Bréfritari: Gunnlaugur Jónsson ath.
Viðtakandi: Halldór Jónsson
Dagsetning: A-1874-12-01
Skrifað á: Eiríksstöðum  N-Múl.
Óvíst

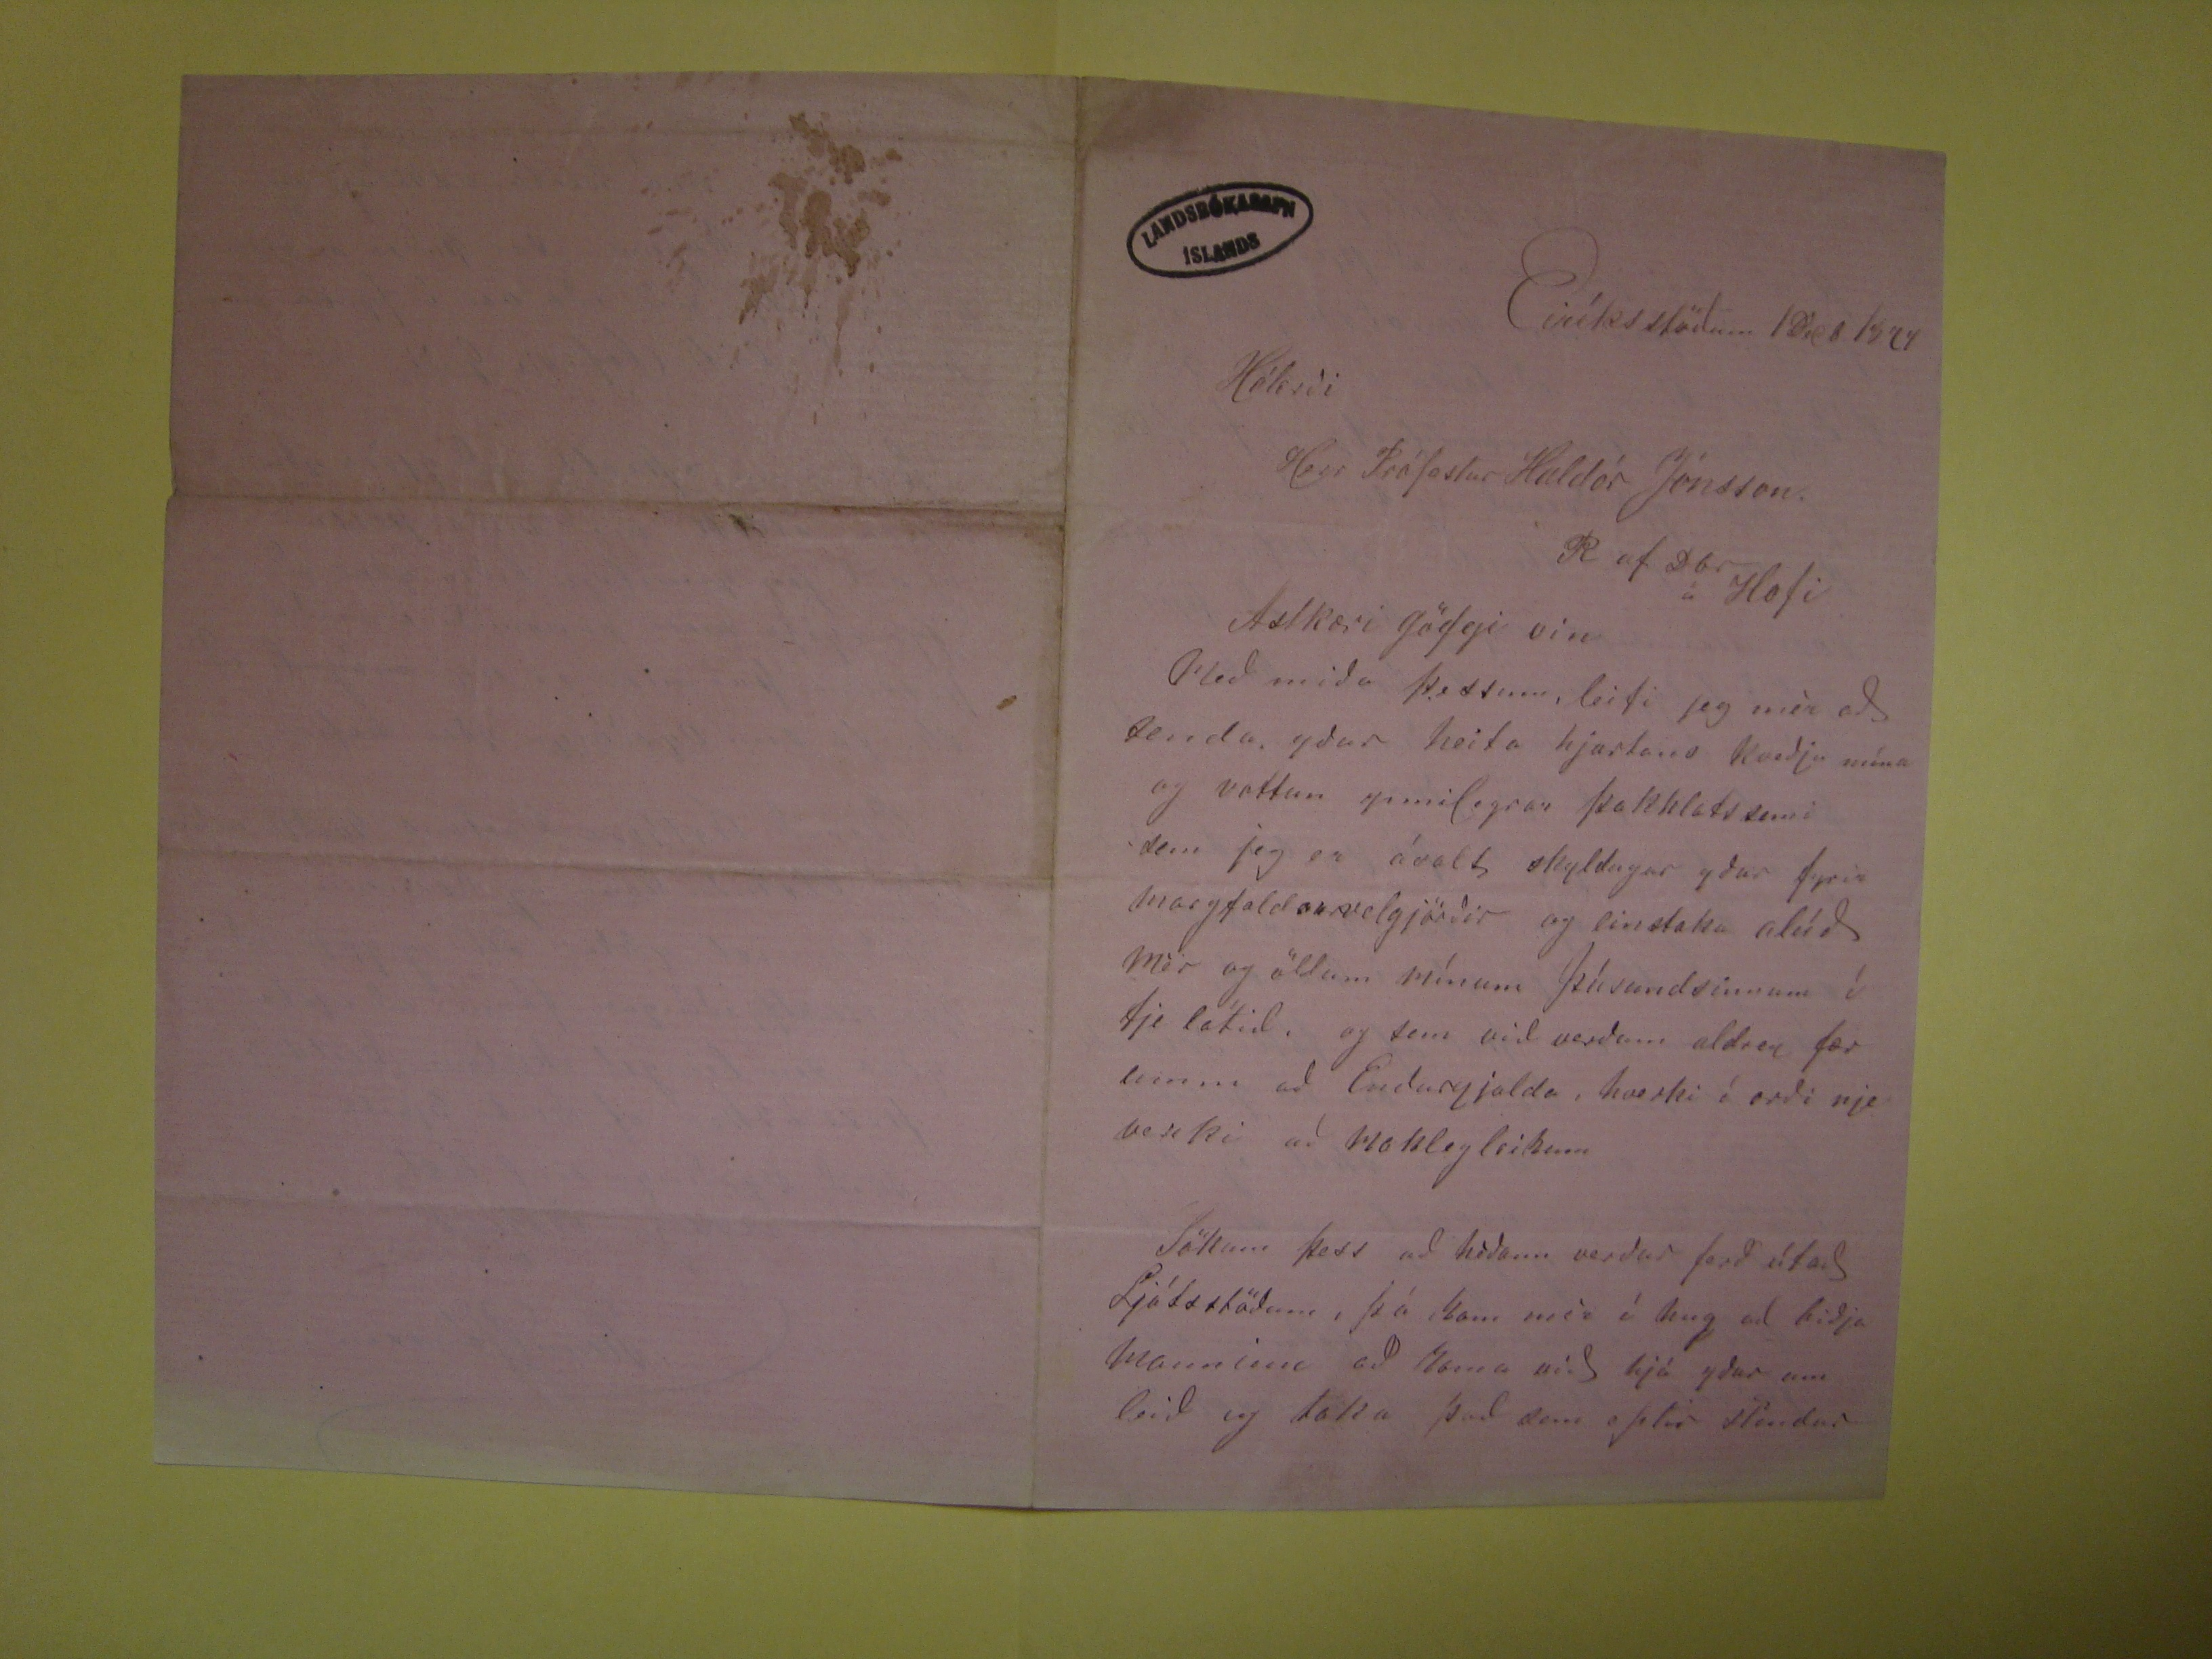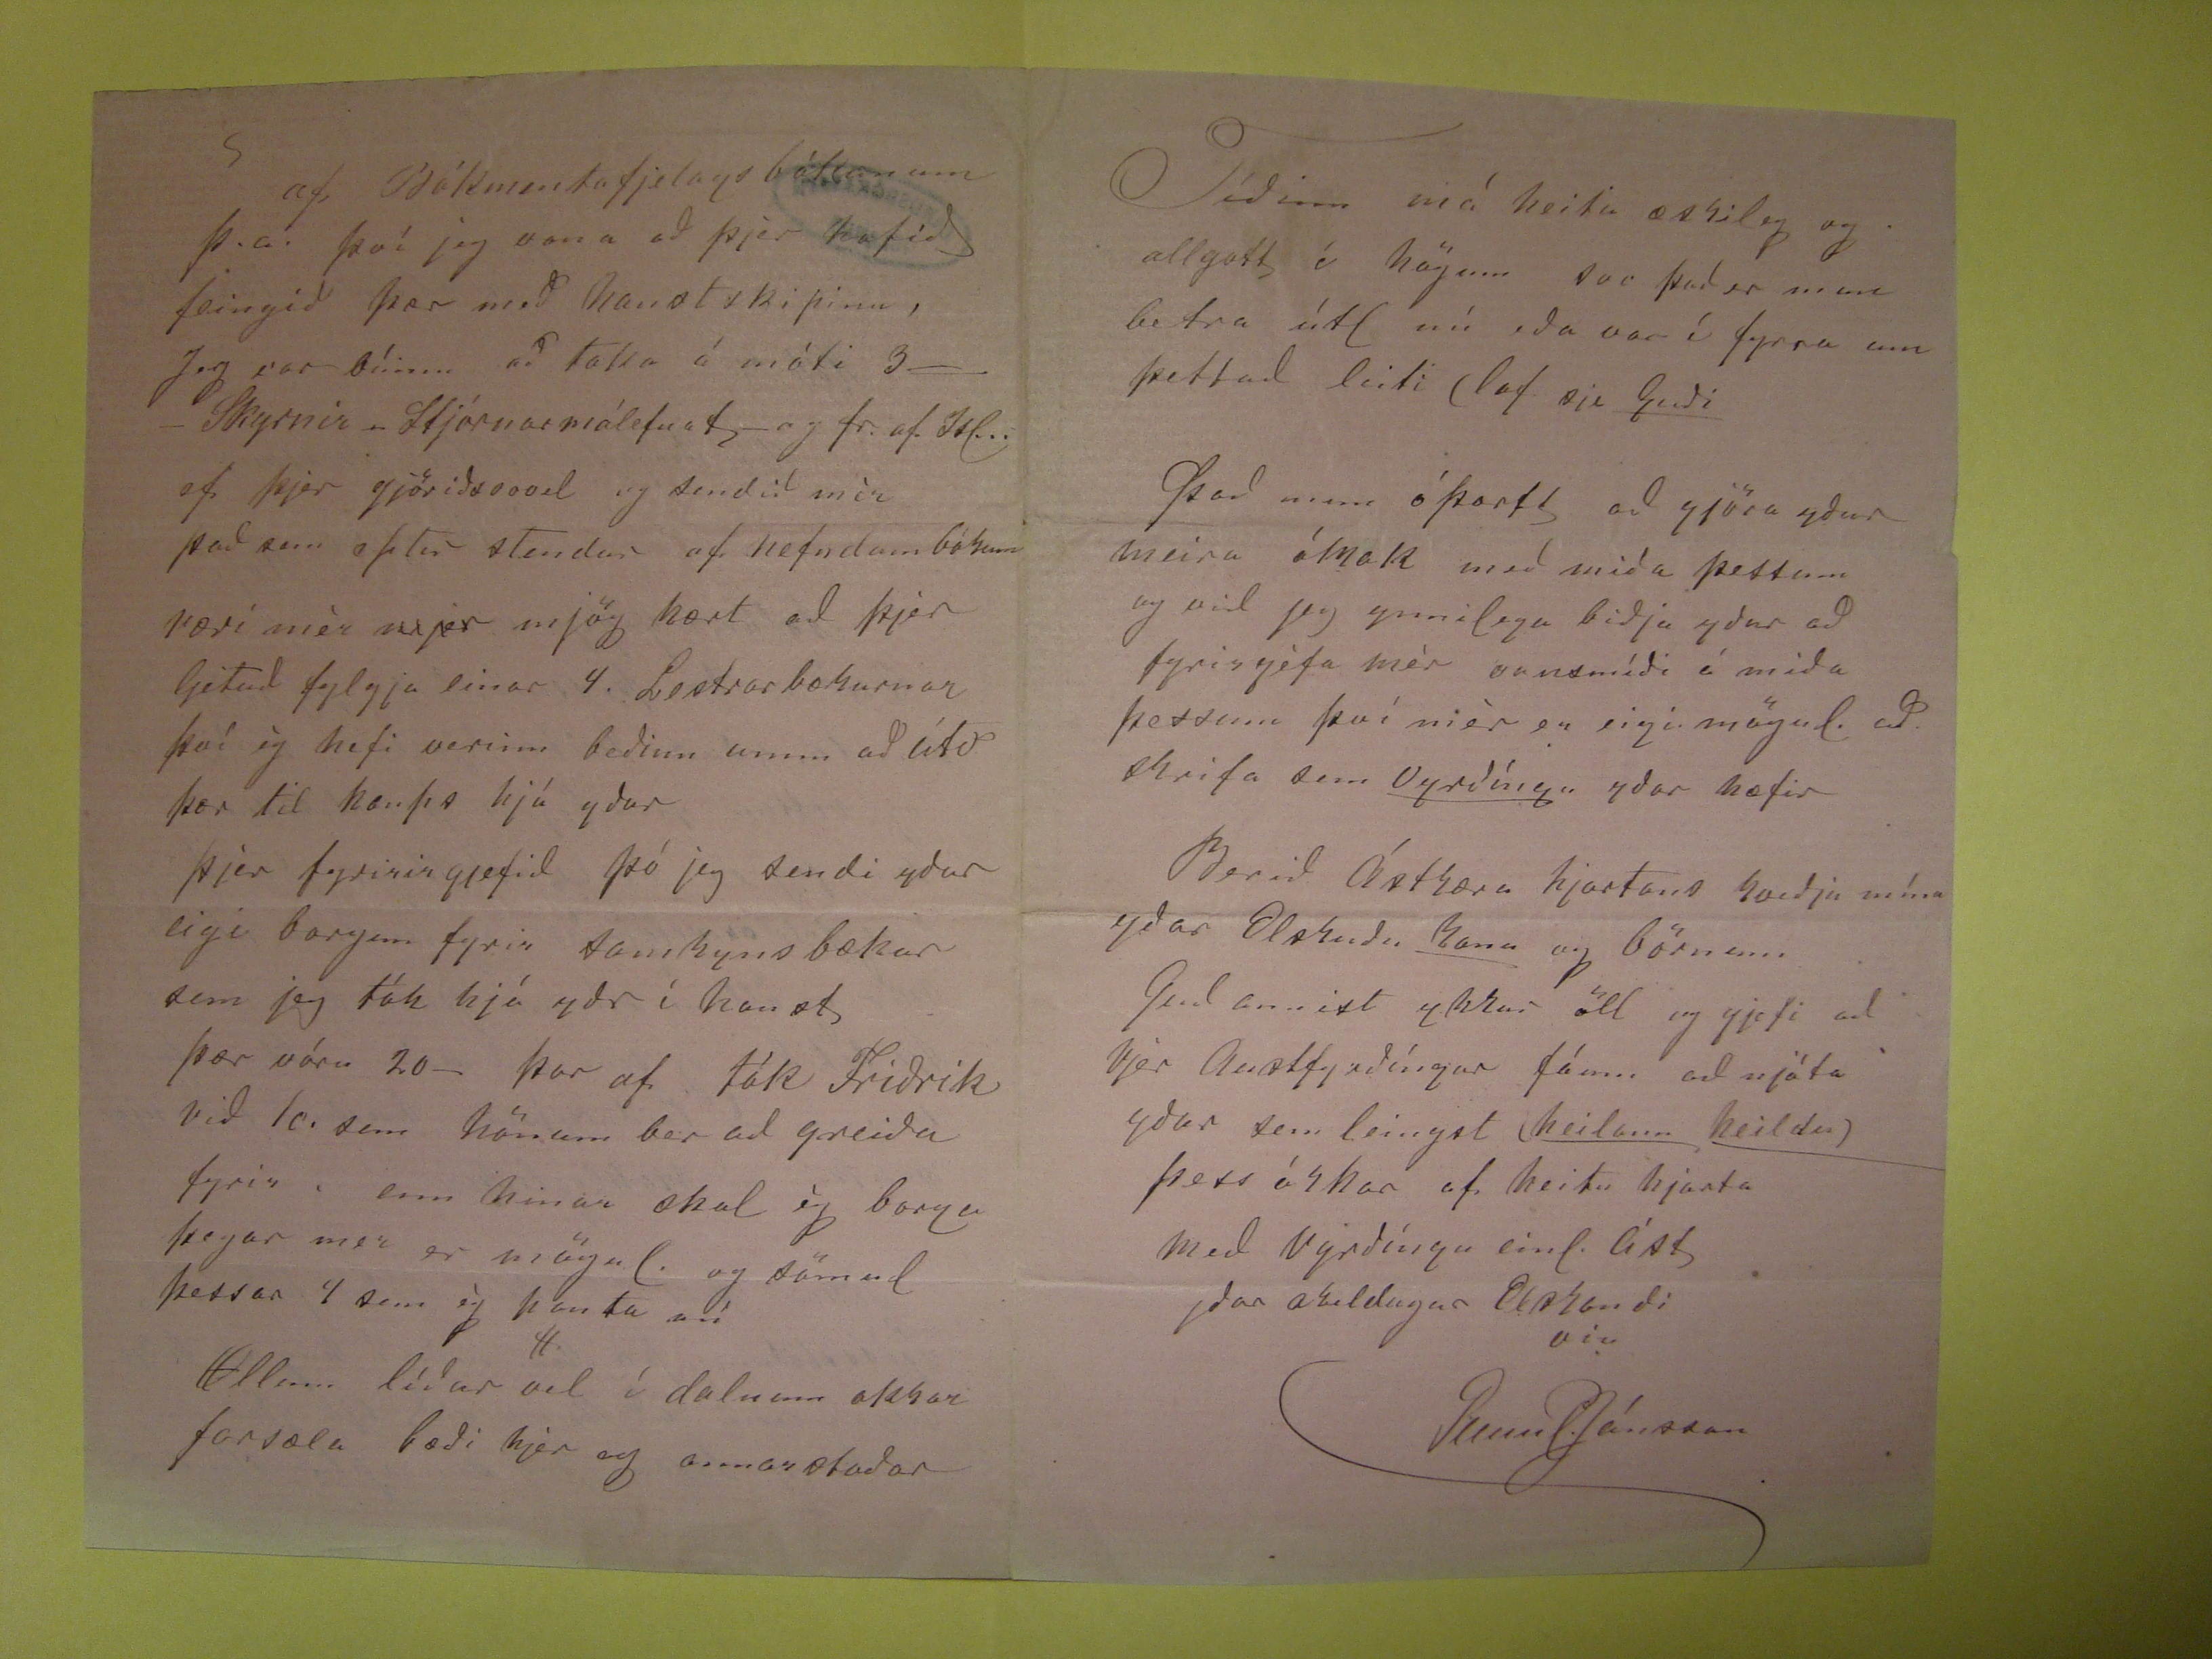

Eiríksstöðum 1Desb 1874
Hálerði
Herr Prófastur Haldór Jónsson
R af Dbr
á Hofi
Astkæri göfgi vin
Með miða þessum, leifi jeg mér að senda yður heita hjartans kveðju mína og vottun ynnilegrar þakklatssemi sem jeg er ávalt skyldugur yður fyrir
margfald
??
velgjörir og Einstaka alúð mér og öllum mínum Þúsunsinnum í fje látid. og sem vid verðum aldrei fær umm að Endurgjalda,
hverki í orði nje verki að maklegleikum Sökum þess aðhéðann verður það útað Ljótsstöðum , þá kom mér í hug að biðja manninn að koma við hjá yður um
leið og taka það sem eptir stendur
af Bókmentafjelags bótonum þ.a. því jeg vona að þjer hafið feingið þær með haustskipinu, Jeg var búinn að taka á móti 3___ Skyrnir
rend="overstrike">.
Stjórnarmálefnafj--ag fr. af Isl... ef þjer gjöriðsvovel og sendið mér það sem eptir stendur af nefndum bókum væri mér
rend="overstrike">mjer
mjög kært að þjer ljetuð fylgja einar 4. Lestrarbækurnar því ég hefi verinn beðinn umm að Útv þær til kaupa hjá yður þjer fyririrgjefið
þó jeg sendi yður eigi borgun fyrir samkynsbækur sem jeg tók hjá yðr í haust þær vóru 20- þar af tók Friðrik við 10. sem hönum ber að greiða fyrir , enn hinar
skal ég borga þegar mer er mögul. og sömul þessar 4 sem ég panta nú
#
Öllum líður vel í dalnum okkar forsæla bæði hjer og annarsstaðar
Tíðin má heita æskileg og allgott í högum svo það er mun betra útl nú eða var í fyrra um þettað leiti (lof sje
Guði
Það mun óþarft
að gjöra yður meira ómak með miða þessum og vil jeg ynnilega biðja yður að fyrirgéfa mér vansmíði á miða þessum því mér er eigi mögul. að skrifa sem
Vyrðíngu
yðar hæfir Berið Ástkæra hjartans kveðju mína yðar Elskuðu
konu
og börnum Guð annist
ykkur öll og gjefi að Vjer Austfyrðíngar fáum að njóta yðar sem leingst
(heilann heilsu)
þess óskar af heitu hjarta með Vyrðíngu
einl. líst yðar skuldugur Elskandi
vin
GunnJónsson